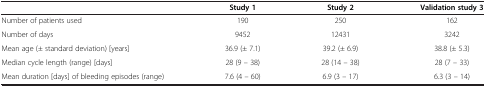
<table><thead><tr><td><b> </b></td><td><b>Study 1</b></td><td><b>Study 2</b></td><td><b>Validation study 3</b></td></tr></thead><tbody><tr><td>Number of patients used</td><td>190</td><td>250</td><td>162</td></tr><tr><td>Number of days</td><td>9452</td><td>12431</td><td>3242</td></tr><tr><td>Mean age (± standard deviation) [years]</td><td>36.9 (± 7.1)</td><td>39.2 (± 6.9)</td><td>38.8 (± 5.3)</td></tr><tr><td>Median cycle length (range) [days]</td><td>28 (9 – 38)</td><td>28 (14 – 38)</td><td>28 (7 – 33)</td></tr><tr><td>Mean duration [days] of bleeding episodes (range)</td><td>7.6 (4 – 60)</td><td>6.9 (3 – 17)</td><td>6.3 (3 – 14)</td></tr></tbody></table>